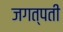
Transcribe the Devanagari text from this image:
जगत्पती